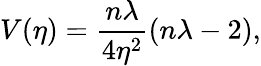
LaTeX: V(\eta)=\frac{n\lambda}{4\eta^{2}}(n\lambda-2),